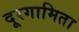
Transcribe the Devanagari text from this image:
दूरगामिता